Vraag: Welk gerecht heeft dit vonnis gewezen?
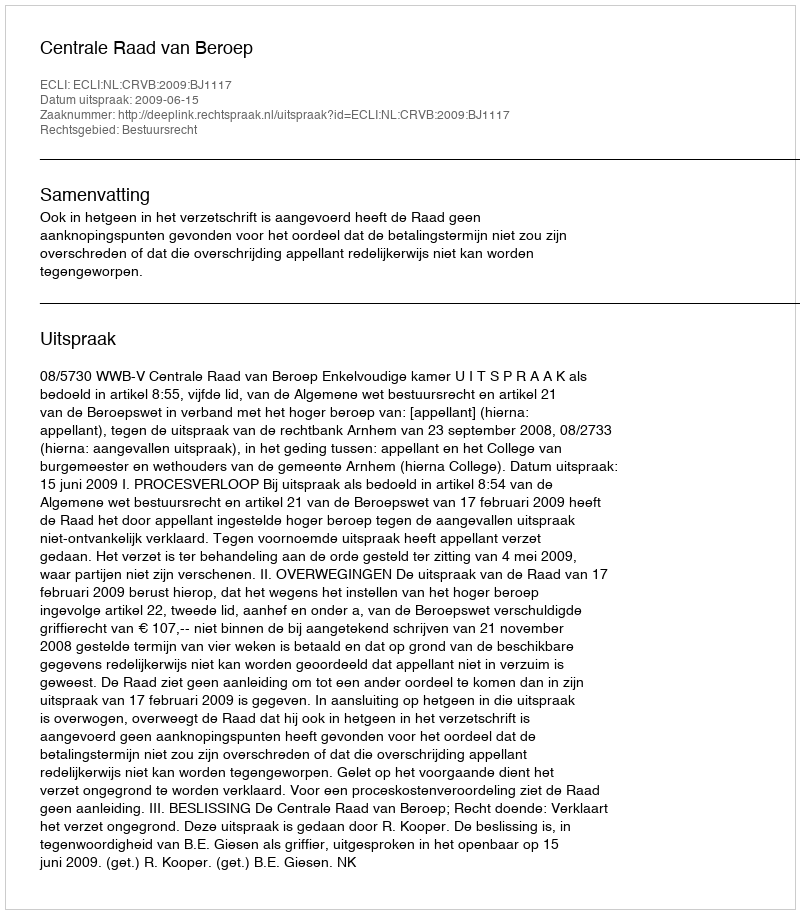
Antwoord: Centrale Raad van Beroep